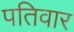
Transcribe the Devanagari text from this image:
पतिवार